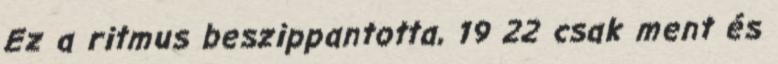
Ez a ritmus beszippantotta, 19 22 csak ment és